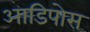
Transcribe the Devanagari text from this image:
आडिपोस